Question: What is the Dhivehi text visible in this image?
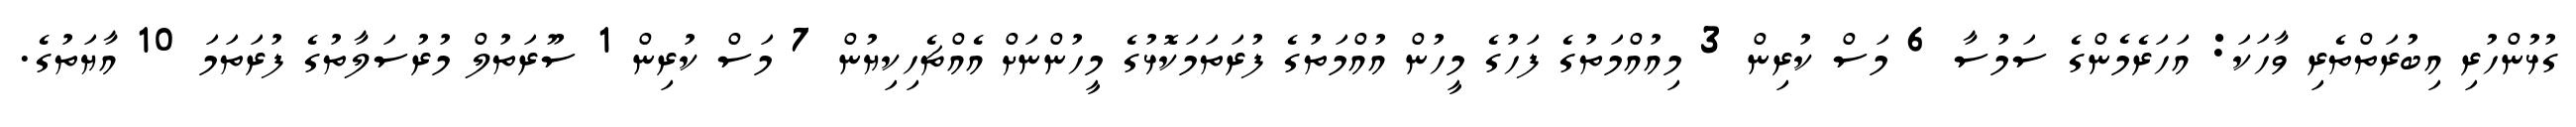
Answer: ގުޅުންހުރި އިބުރަތްތެރި ވާހަކަ: އަހަރެމެންގެ ސަމުސާ 6 މަސް ކުރިން 3 މިއުއްމަތުގެ ފަހުގެ މީހުން އުއްމަތުގެ ފުރަތަމަކޮޅުގެ މީހުންނަށް އެއްޗެހިކިޔުން 7 މަސް ކުރިން 1 ސޫރަތުލް މުރުސަލާތުގެ ފުރަތަމަ 10 އާޔަތުގެ.